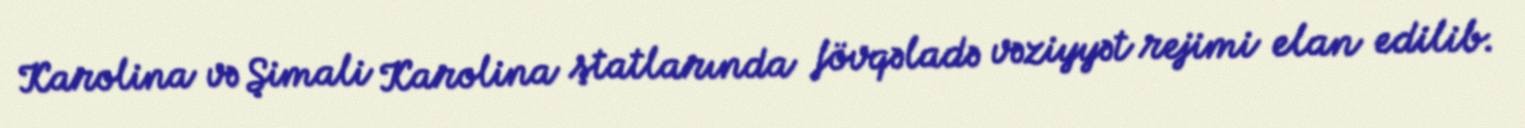
Karolina və Şimali Karolina ştatlarında fövqəladə vəziyyət rejimi elan edilib.